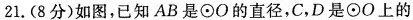
21. (8分)如图，已知AB是\odot O的直径，C，D是\odot O上的